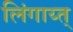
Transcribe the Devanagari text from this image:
लिंगाय्त्